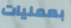
بعمليات